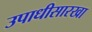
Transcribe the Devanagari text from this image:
उपाधीसारखा